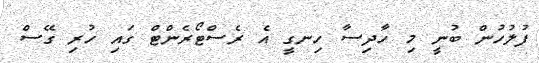
ފުލުހުން ބުނީ މި ހާދިސާ ހިނގީ އެ ރެސްޓޯރެންޓް ގައި ހުރި ގޭސް